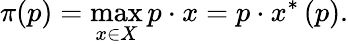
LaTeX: \pi(p)=\operatorname*{max}_{x\in X}p\cdot x=p\cdot x^{\ast}\left(p\right){\mathrm{.}}